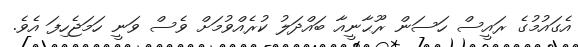
އެގައުމުގެ ރައީސް ހަސަން ރޫޙާނީއާ ބައްދަލު ކުރެއްވުމަށް ވެސް ވަނީ ހަމަޖެހިފަ އެވެ.